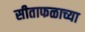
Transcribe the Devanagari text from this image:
सीताफळाच्या